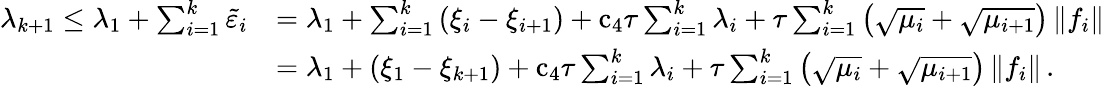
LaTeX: \begin{array}{rl}{{\lambda}_{k+1}\leq{\lambda}_{1}+\sum_{i=1}^{k}{\tilde{\varepsilon}}_{i}}&{={\lambda}_{1}+\sum_{i=1}^{k}\left({\xi}_{i}-{\xi}_{i+1}\right)+{\mathrm{c}}_{4}{\tau}\sum_{i=1}^{k}{\lambda}_{i}+{\tau}\sum_{i=1}^{k}\left(\sqrt{{\mu}_{i}}+\sqrt{{\mu}_{i+1}}\right)\left\| {f}_{i}\right\| }\\ &{={\lambda}_{1}+\left({\xi}_{1}-{\xi}_{k+1}\right)+{\mathrm{c}}_{4}{\tau}\sum_{i=1}^{k}{\lambda}_{i}+{\tau}\sum_{i=1}^{k}\left(\sqrt{{\mu}_{i}}+\sqrt{{\mu}_{i+1}}\right)\left\| {f}_{i}\right\| \, .}\end{array}